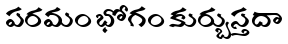
పరమం భోగం కుర్బుస్తదా